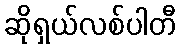
ဆိုရှယ်လစ်ပါတီ